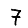
Digit: 7